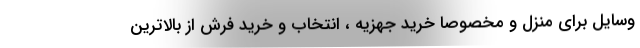
وسایل برای منزل و مخصوصا خرید جهزیه ، انتخاب و خرید فرش از بالاترین